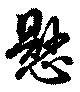
懸